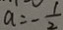
a = - \frac { 1 } { 2 }